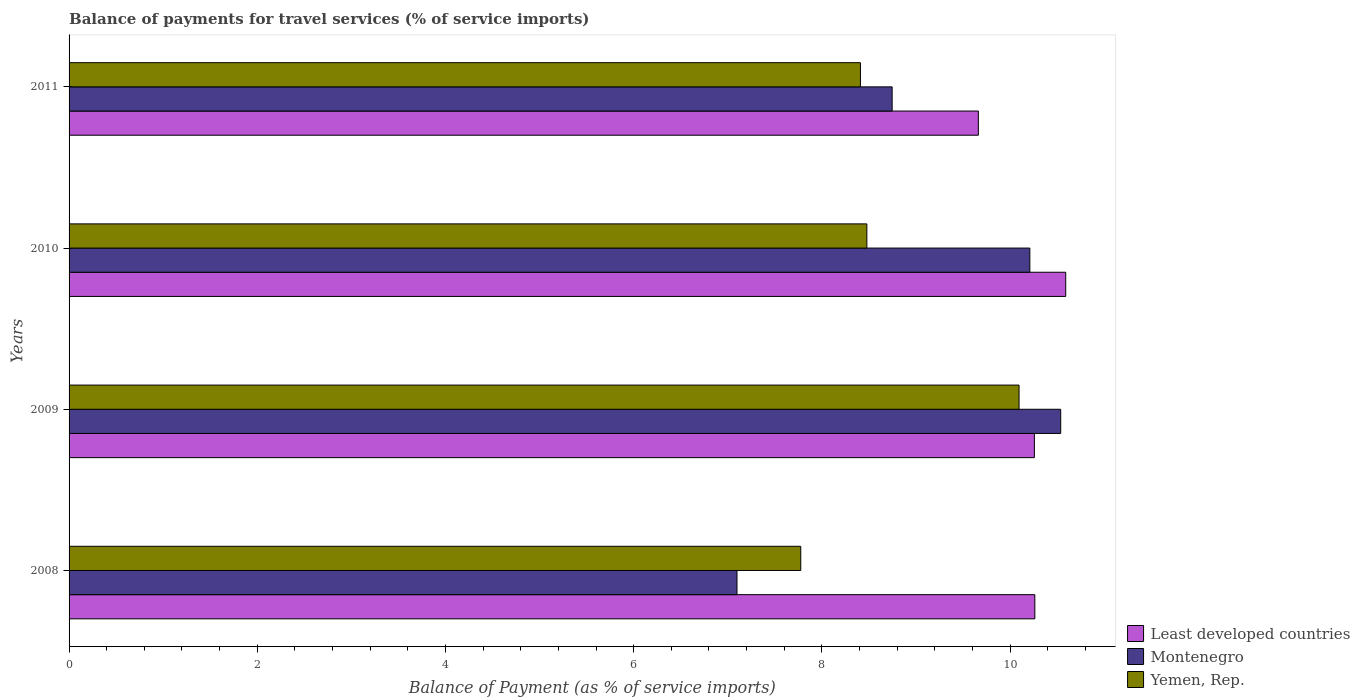
| Years | Least developed countries | Montenegro | Yemen, Rep. |
 | --- | --- | --- | --- |
 | 2008 | 10.3 | 7.1 | 7.78 |
 | 2009 | 10.3 | 10.5 | 10.1 |
 | 2010 | 10.6 | 10.2 | 8.48 |
 | 2011 | 9.66 | 8.75 | 8.41 |